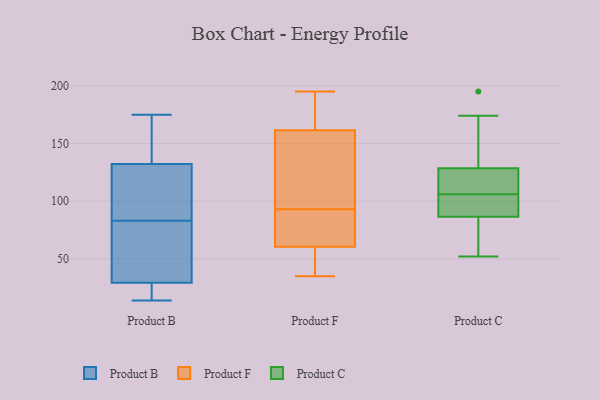
{"axis": {"x": "Budget (USD K)", "y": "Value"}, "legend": ["Product B", "Product C", "Product F"], "data": [{"x": "", "y": 123, "type": "Product B"}, {"x": "", "y": 49, "type": "Product B"}, {"x": "", "y": 175, "type": "Product B"}, {"x": "", "y": 19, "type": "Product B"}, {"x": "", "y": 56, "type": "Product B"}, {"x": "", "y": 124, "type": "Product B"}, {"x": "", "y": 125, "type": "Product B"}, {"x": "", "y": 21, "type": "Product B"}, {"x": "", "y": 174, "type": "Product B"}, {"x": "", "y": 14, "type": "Product B"}, {"x": "", "y": 32, "type": "Product B"}, {"x": "", "y": 154, "type": "Product B"}, {"x": "", "y": 168, "type": "Product B"}, {"x": "", "y": 20, "type": "Product B"}, {"x": "", "y": 98, "type": "Product B"}, {"x": "", "y": 83, "type": "Product B"}, {"x": "", "y": 37, "type": "Product B"}, {"x": "", "y": 168, "type": "Product F"}, {"x": "", "y": 155, "type": "Product F"}, {"x": "", "y": 170, "type": "Product F"}, {"x": "", "y": 195, "type": "Product F"}, {"x": "", "y": 87, "type": "Product F"}, {"x": "", "y": 170, "type": "Product F"}, {"x": "", "y": 87, "type": "Product F"}, {"x": "", "y": 60, "type": "Product F"}, {"x": "", "y": 61, "type": "Product F"}, {"x": "", "y": 40, "type": "Product F"}, {"x": "", "y": 97, "type": "Product F"}, {"x": "", "y": 52, "type": "Product F"}, {"x": "", "y": 96, "type": "Product F"}, {"x": "", "y": 115, "type": "Product F"}, {"x": "", "y": 90, "type": "Product F"}, {"x": "", "y": 35, "type": "Product F"}, {"x": "", "y": 98, "type": "Product C"}, {"x": "", "y": 117, "type": "Product C"}, {"x": "", "y": 135, "type": "Product C"}, {"x": "", "y": 120, "type": "Product C"}, {"x": "", "y": 174, "type": "Product C"}, {"x": "", "y": 61, "type": "Product C"}, {"x": "", "y": 195, "type": "Product C"}, {"x": "", "y": 82, "type": "Product C"}, {"x": "", "y": 112, "type": "Product C"}, {"x": "", "y": 151, "type": "Product C"}, {"x": "", "y": 52, "type": "Product C"}, {"x": "", "y": 100, "type": "Product C"}, {"x": "", "y": 93, "type": "Product C"}, {"x": "", "y": 54, "type": "Product C"}, {"x": "", "y": 122, "type": "Product C"}, {"x": "", "y": 91, "type": "Product C"}]}